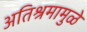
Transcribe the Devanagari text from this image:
अतिश्रमामुळे